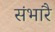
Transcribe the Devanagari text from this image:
संभारै